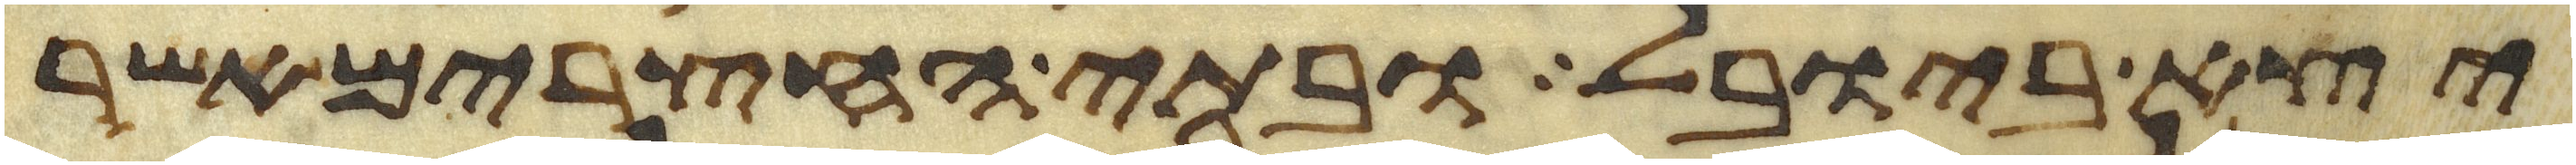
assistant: יצא ביובל ובתי החצרים אשר